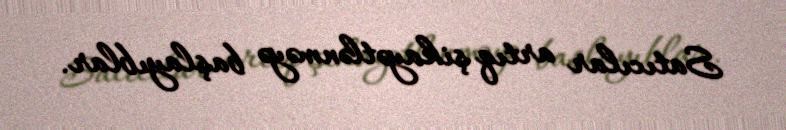
Satıcılar artıq şikayətlənməyə başlayıblar.